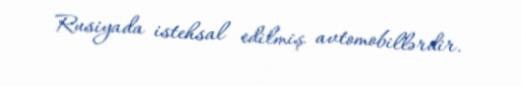
Rusiyada istehsal edilmiş avtomobillərdir.